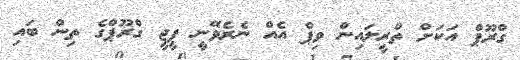
ގްރޫޕް އަކަށް ތްރީލައިން ވިޕް އެއް ނެރެވޭނީ ޕީޖީ ގްރޫޕްގެ ތިން ބައި